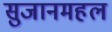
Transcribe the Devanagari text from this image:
सुजानमहल